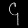
Digit: ၄